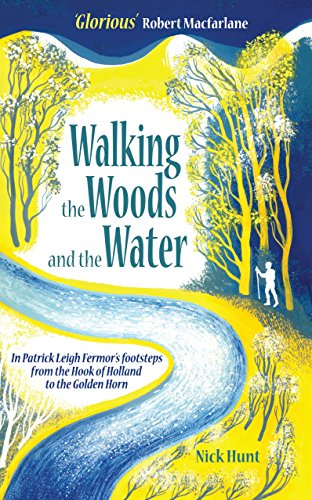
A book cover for Walking the Woods and the Water: In Patrick Leigh Fermor's footsteps from the Hook of Holland to the Golden Horn; Nick Hunt; Travel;